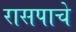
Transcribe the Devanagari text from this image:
रासपाचे